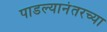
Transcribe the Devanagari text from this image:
पाडल्यानंतरच्या